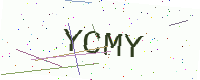
Text: YCMY